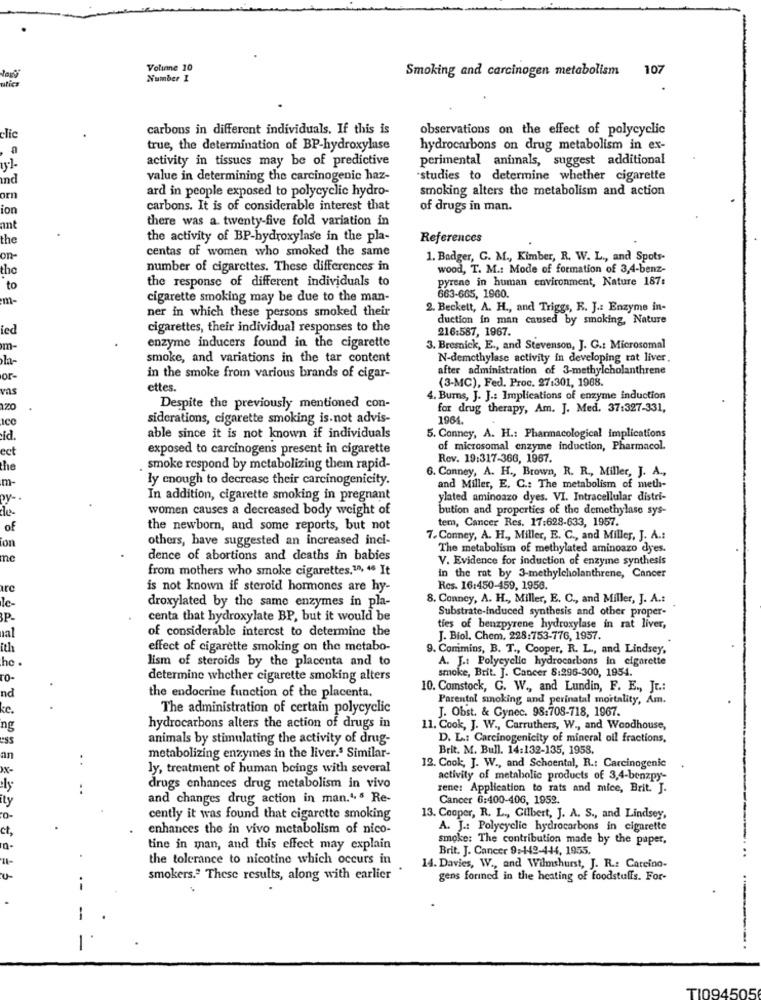
Volinne 10
Smoking and carcinogen metabolism 107
Number I
utics
-Tic
carbons in different individuals. If this is
observations on the effect of polycyclic
a
true, the determination of BP-hydroxylase
hydrocarbons on drug metabolism in ex-
activity in tissues may be of predictive
perimental animals, suggest additional
Ind
value in determining the carcinogenic haz-
studies to determine whether cigarette
ard in people exposed to polycyclic hydro-
smoking alters the metabolism and action
orn
ion
carbons. It is of considerable interest that
of drugs in man.
there was a. twenty-five fold variation in
ant
the
the activity of BP-hydroxylase in the pla-
References
centas of women who smoked the same
on-
1. Badger, G. M ., Kimber, R. W. L ., and Spots-
tho
number of cigarettes. These differences in
wood, T. M .: Mode of formation of 3,4-benz-
the response of different individuals to
pyrene in human environment, Nature 187:
to
m-
cigarette smoking may be due to the man-
663-665, 1960.
2. Beckett, A. H ., and Triggs, R. J .: Enzyme in-
ner in which these persons smoked their
duction in man caused by smoking, Nature
ied
cigarettes, their individual responses to the
216:587, 1967.
m-
enzyme inducers found in the cigarette
3. Bresnick, E ., and Stevenson, J. G .: Microsomal
h-
smoke, and variations in the tar content
N-demethylase activity in developing rat liver.
after administration of 3-methylcholanthrene
or-
in the smoke from various brands of cigar-
(3-MC), Fed. Proc. 27:301, 1968.
vas
ettes.
4. Burns, J. J .: Implications of enzyme induction
120
Despite the previously mentioned con-
for drug therapy, Am. J. Med. 37:327-331,
Ice
siderations, cigarette smoking is.not advis-
1964.
id.
able since it is not known if individuals
5. Conney, A. H .: Pharmacological implications
ect
exposed to carcinogens present in cigarette
of microsomal enzyme induction, Pharmacol.
Rev. 19:317-366, 1967.
he
smoke respond by metabolizing them rapid-
6. Conney, A. H ., Brown, R. R ., Miller, J. A .,
m
ly enough to decrease their carcinogenicity.
and Miller, E. C .: The metabolism of meth-
py-
In addition, cigarette smoking in pregnant
ylated aminoazo dyes. VI. Intracellular distri-
women causes a decreased body weight of
bution and properties of the demethylase sys-
tem, Cancer Res. 17:628-633, 1957.
of
the newborn, and some reports, but not
others, have suggested an increased inci-
7. Conney, A. H ., Miller, E. C ., and Miller, J. A .:
ion
The metabolism of methylated aminoazo dyes.
me
dence of abortions and deaths in babies
V. Evidence for induction of enzyme synthesis
from mothers who smoke cigarettes.1, 46 It
in the rat by 3-methylcholanthrene, Cancer
irc
is not known if steroid hormones are hy-
Rcs. 16:450-459, 1956.
le-
droxylated by the same enzymes in pla-
8. Conney, A. H ., Miller, E. C ., and Miller, J. A .:
Substrate-induced synthesis and other proper-
P-
centa that hydroxylate BP, but it would be
aal
of considerable interest to determine the
ties of benzpyrene hydroxylase in rat liver,
J. Biol. Chem. 228:753-776, 1957.
ith
effect of cigarette smoking on the metabo-
9. Comimins, B. T ., Cooper, R. L ., and Lindsey,
he .
lism of steroids by the placenta and to
A. J .: Polycyclic hydrocarbons In cigarette
smoke, Brit. J. Cancer 8:296-300, 1954.
To-
determine whether cigarette smoking alters
nd
10. Comstock, G. W ., and Lundin, F. E ., Jt .:
the endocrine function of the placenta.
Parental smoking and perinatal mortality, Am.
ke.
The administration of certain polycyclic
J. Obst. & Gynec. 98:708-718, 1967.
ng
hydrocarbons alters the action of drugs in
11. Cook, J. W ., Carruthers, W ., and Woodhouse,
ess
animals by stimulating the activity of drug-
D. L .: Carcinogenicity of mineral oil fractions,
Brit. M. Bull. 14:132-135, 1958.
an
metabolizing enzymes in the liver.5 Similar-
ly, treatment of human beings with several
12. Cook, J. W ., and Schoental, R .: Carcinogenic
activity of metabolic products of 3,4-benzpy-
ely
drugs enhances drug metabolism in vivo
rene: Application to rats and mice, Brit. J.
ity
and changes drug action in man.45 Re-
Cancer 6:400-406, 1952.
0-
cently it was found that cigarette smoking
13. Cooper, R. L ., Gilbert, J. A. S ., and Lindsey,
ct.
enhances the in vivo metabolism of nico-
A. J .: Polycyclic hydrocarbons in cigarette
smoke: The contribution made by the paper,
tine in man, and this effect may explain
Brit. J. Cancer 9:149-444, 1955.
the tolerance to nicotine which occurs in
...
14. Davies, W ., and Wilmshurst, J. R .: Carcino-
smokers.2 These results, along with earlier
gens forined in the heating of foodstuffs. For-
.-
.
-
TI094505